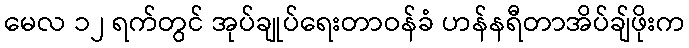
မေလ ၁၂ ရက်တွင် အုပ်ချုပ်ရေးတာဝန်ခံ ဟန်နရီတာအိပ်ချ်ဖိုးက